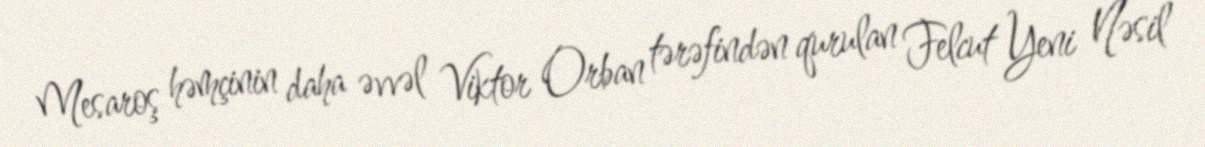
Mesaroş həmçinin daha əvvəl Viktor Orban tərəfindən qurulan Felcut Yeni Nəsil